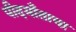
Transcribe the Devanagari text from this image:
पीदमाँताचा